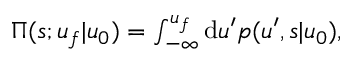
\begin{array} { r } { \Pi ( s ; u _ { f } | u _ { 0 } ) = \int _ { - \infty } ^ { u _ { f } } \mathrm { d } u ^ { \prime } p ( u ^ { \prime } , s | u _ { 0 } ) , } \end{array}